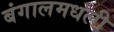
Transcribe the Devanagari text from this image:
बंगालमधली